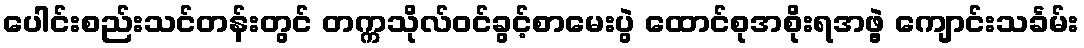
ပေါင်းစည်းသင်တန်းတွင် တက္ကသိုလ်ဝင်ခွင့်စာမေးပွဲ ထောင်စုအစိုးရအဖွဲ့ ကျောင်းသင်္ခမ်း